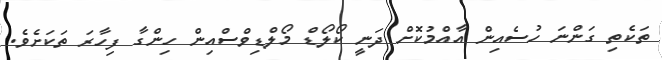
ތަކެތި ގަންނަ ހުސެެއިން އާއްމުކޮށް ދަނީ ކޯލޯޑް މޯލްޑިވްސްއިން ހިންގާ ފިހާރަ ތަކަށެވެ.